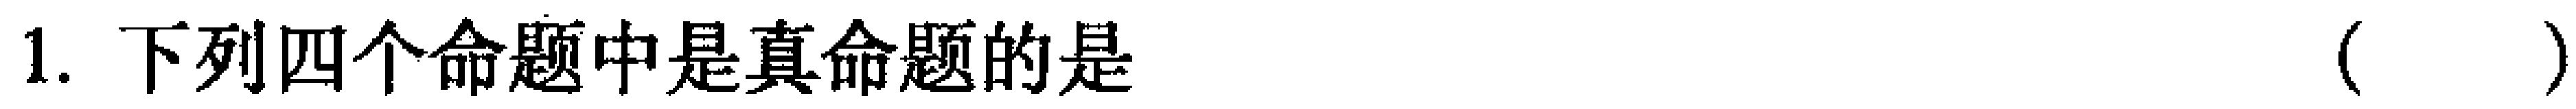
1. 下列四个命题中是真命题的是 （  ）